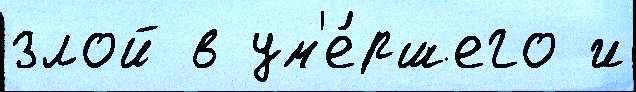
злой в ум'е́ршего и